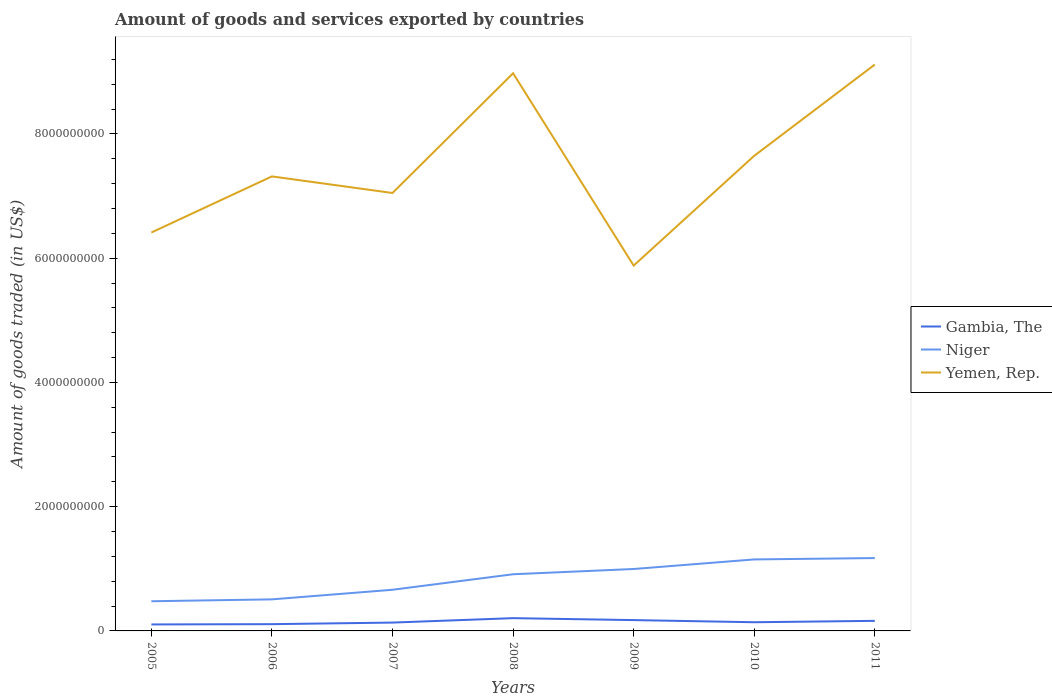
| Years | Gambia, The | Niger | Yemen, Rep. |
 | --- | --- | --- | --- |
 | 2005 | 1.04e+08 | 4.78e+08 | 6.41e+09 |
 | 2006 | 1.09e+08 | 5.08e+08 | 7.32e+09 |
 | 2007 | 1.34e+08 | 6.63e+08 | 7.05e+09 |
 | 2008 | 2.06e+08 | 9.12e+08 | 8.98e+09 |
 | 2009 | 1.74e+08 | 9.97e+08 | 5.88e+09 |
 | 2010 | 1.4e+08 | 1.15e+09 | 7.65e+09 |
 | 2011 | 1.62e+08 | 1.17e+09 | 9.12e+09 |